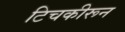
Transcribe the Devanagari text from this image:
टिचकीरून